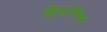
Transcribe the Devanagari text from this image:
क्रिप्टौगैम्स